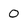
Character: 0